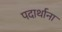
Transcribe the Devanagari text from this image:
पदार्थाना